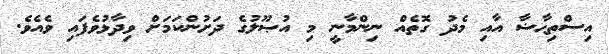
އިސްތިޙާޟާ އާއި މެދު ގޮތެއް ނިންމާނީ މި އުޞޫލުގެ ދަށުންކަމަށް ވިދާޅުވެފައި ވެއެވެ.